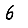
Digit: 6